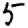
Digit: 5